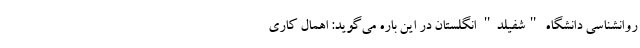
روانشناسی دانشگاه "شفیلد" انگلستان در این باره می‌گوید: اهمال کاری